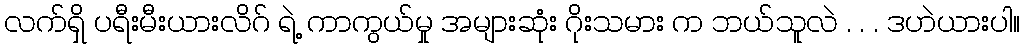
လက်ရှိ ပရီးမီးယားလိဂ် ရဲ့ ကာကွယ်မှု အများဆုံး ဂိုးသမား က ဘယ်သူလဲ . . . ဒဟဲယားပါ။